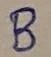
Text: B